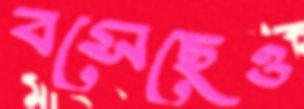
বসেছেও